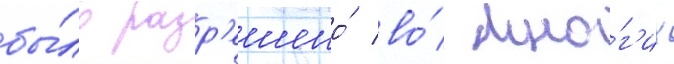
бы́ло разр'ешено́ во́ мно́г'их